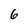
Character: 6